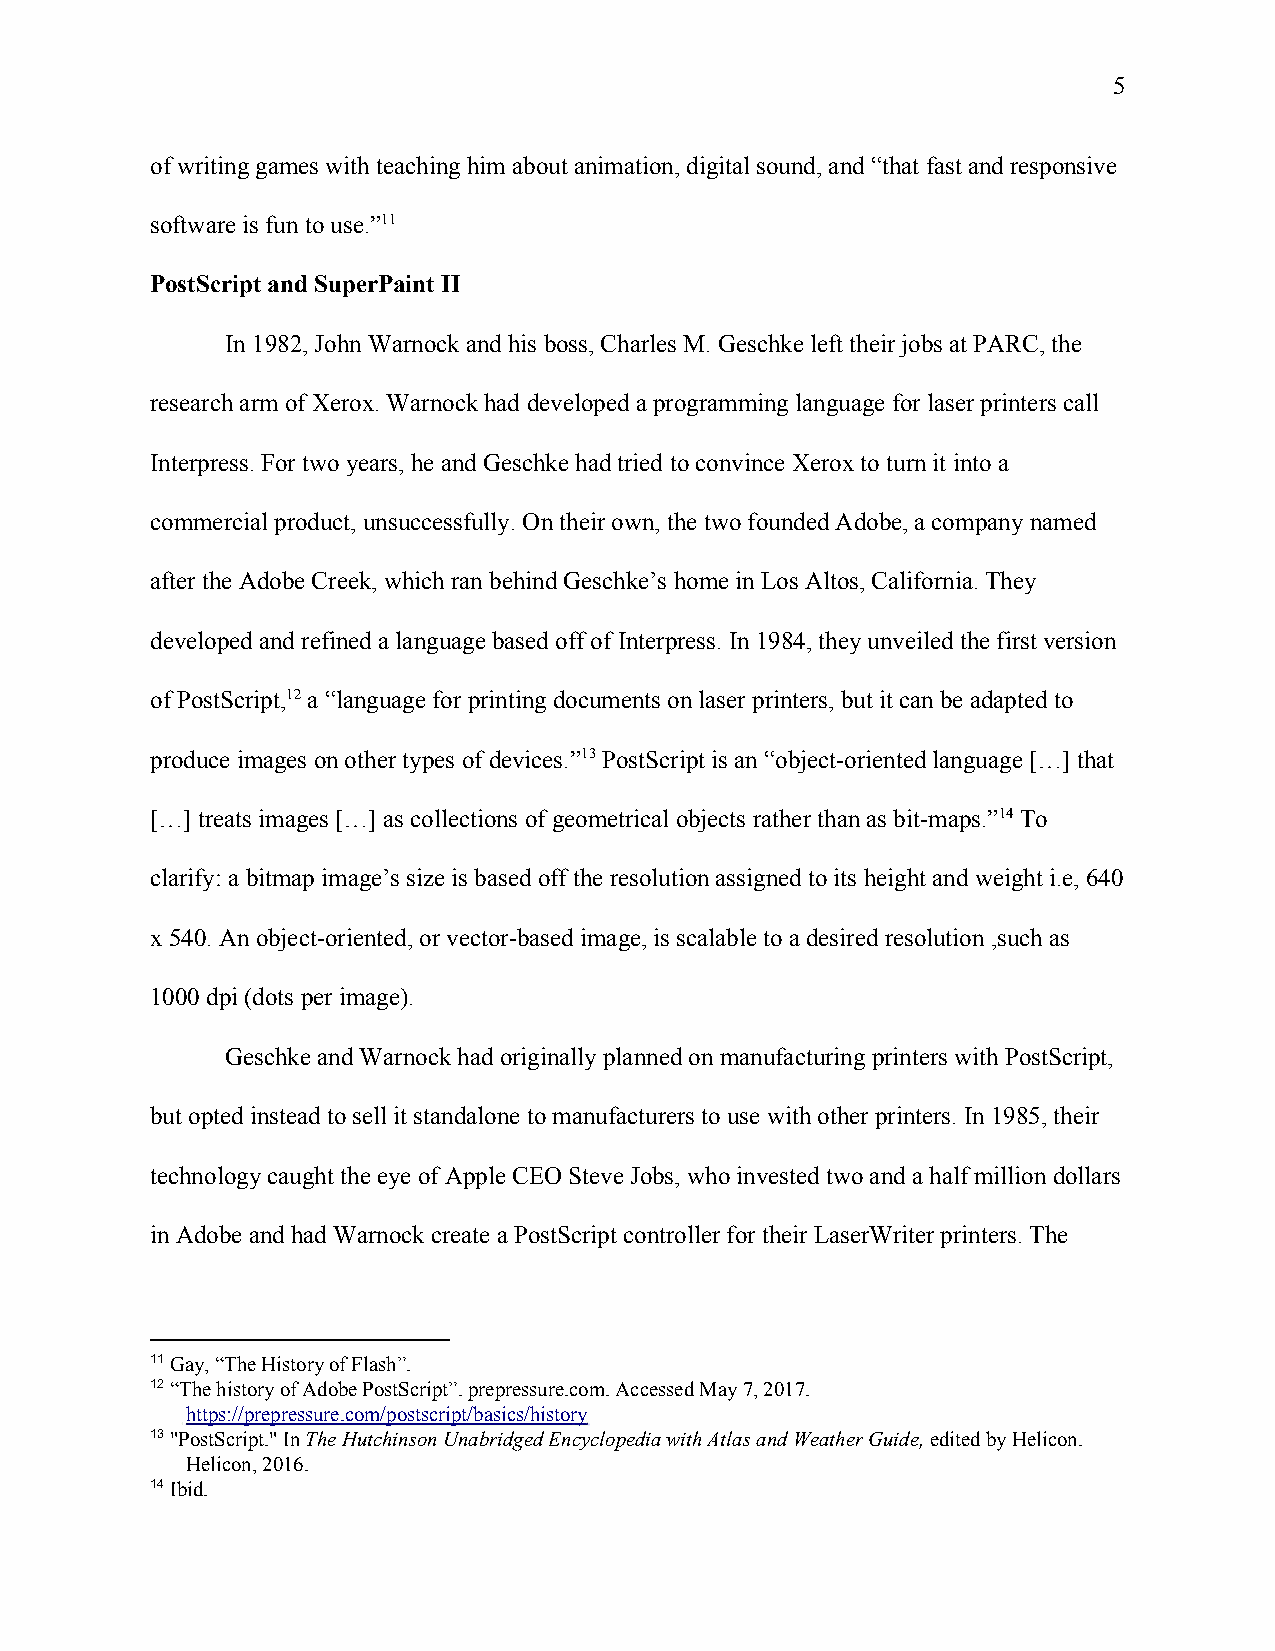
5
 of writing games with teaching him about animation, digital sound, and “that fast and responsive
 software is fun to use.”11
 PostScript and SuperPaint II
 In 1982, John Warnock and his boss, Charles M. Geschke left their jobs at PARC, the
 research arm of Xerox. Warnock had developed a programming language for laser printers call
 Interpress. For two years, he and Geschke had tried to convince Xerox to turn it into a
 commercial product, unsuccessfully. On their own, the two founded Adobe, a company named
 after the Adobe Creek, which ran behind Geschke’s home in Los Altos, California. They
 developed and refined a language based off of Interpress. In 1984, they unveiled the first version
 of PostScript,12 a “language for printing documents on laser printers, but it can be adapted to
 produce images on other types of devices.”13 PostScript is an “object-oriented language […] that
 […] treats images […] as collections of geometrical objects rather than as bit-maps.”14 To
 clarify: a bitmap image’s size is based off the resolution assigned to its height and weight i.e, 640
 x 540. An object-oriented, or vector-based image, is scalable to a desired resolution ,such as
 1000 dpi (dots per image).
 Geschke and Warnock had originally planned on manufacturing printers with PostScript,
 but opted instead to sell it standalone to manufacturers to use with other printers. In 1985, their
 technology caught the eye of Apple CEO Steve Jobs, who invested two and a half million dollars
 in Adobe and had Warnock create a PostScript controller for their LaserWriter printers. The
 11 Gay, “The History of Flash”.
 ​
 12 “The history of Adobe PostScript”. prepressure.com. Accessed May 7, 2017.
 ​
 https://prepressure.com/postscript/basics/history
 13 "PostScript." In The Hutchinson Unabridged Encyclopedia with Atlas and Weather Guide, edited by Helicon.
 ​        ​                                        ​
 Helicon, 2016.
 14 Ibid.
 ​